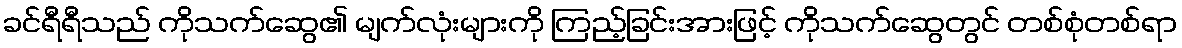
ခင်ရီရီသည် ကိုသက်ဆွေ၏ မျက်လုံးများကို ကြည့်ခြင်းအားဖြင့် ကိုသက်ဆွေတွင် တစ်စုံတစ်ရာ